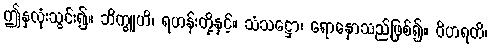
ဤနှလုံးသွင်း၍။ ဘိက္ခူဟိ၊ ရဟန်းတို့နှင့်။ သံသဋ္ဌော၊ ရောနှောသည်ဖြစ်၍။ ဝိဟရတိ၊